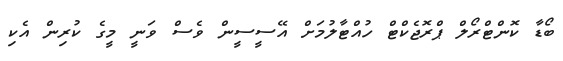
ބޯޑާ ކޮންޓްރޯލް ޕްރޮޖެކްޓް ހުއްޓާލުމަށް އޭސީސީން ވެސް ވަނީ މީގެ ކުރިން އެކި